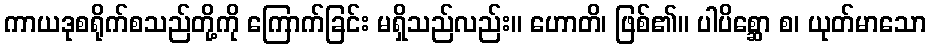
ကာယဒုစရိုက်စသည်တို့ကို ကြောက်ခြင်း မရှိသည်လည်း။ ဟောတိ၊ ဖြစ်၏။ ပါပိစ္ဆော စ၊ ယုတ်မာသော